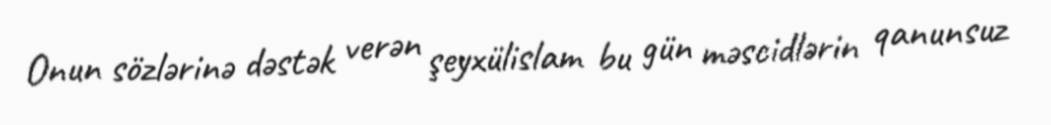
Onun sözlərinə dəstək verən şeyxülislam bu gün məscidlərin qanunsuz